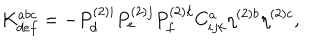
K _ { d e f } ^ { a b c } = - P _ { d } ^ { ( 2 ) i } P _ { e } ^ { ( 2 ) j } P _ { f } ^ { ( 2 ) k } C _ { i j k } ^ { a } \eta ^ { ( 2 ) b } \eta ^ { ( 2 ) c } ,